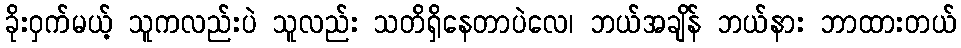
ခိုးဝှက်မယ့် သူကလည်းပဲ သူလည်း သတိရှိနေတာပဲလေ၊ ဘယ်အချိန် ဘယ်နား ဘာထားတယ်